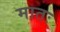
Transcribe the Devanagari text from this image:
मातः